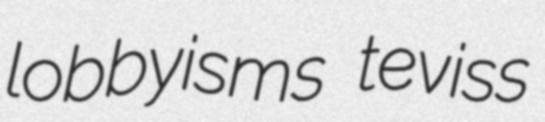
lobbyisms teviss